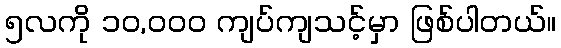
၅လကို ၁၀,၀၀၀ ကျပ်ကျသင့်မှာ ဖြစ်ပါတယ်။